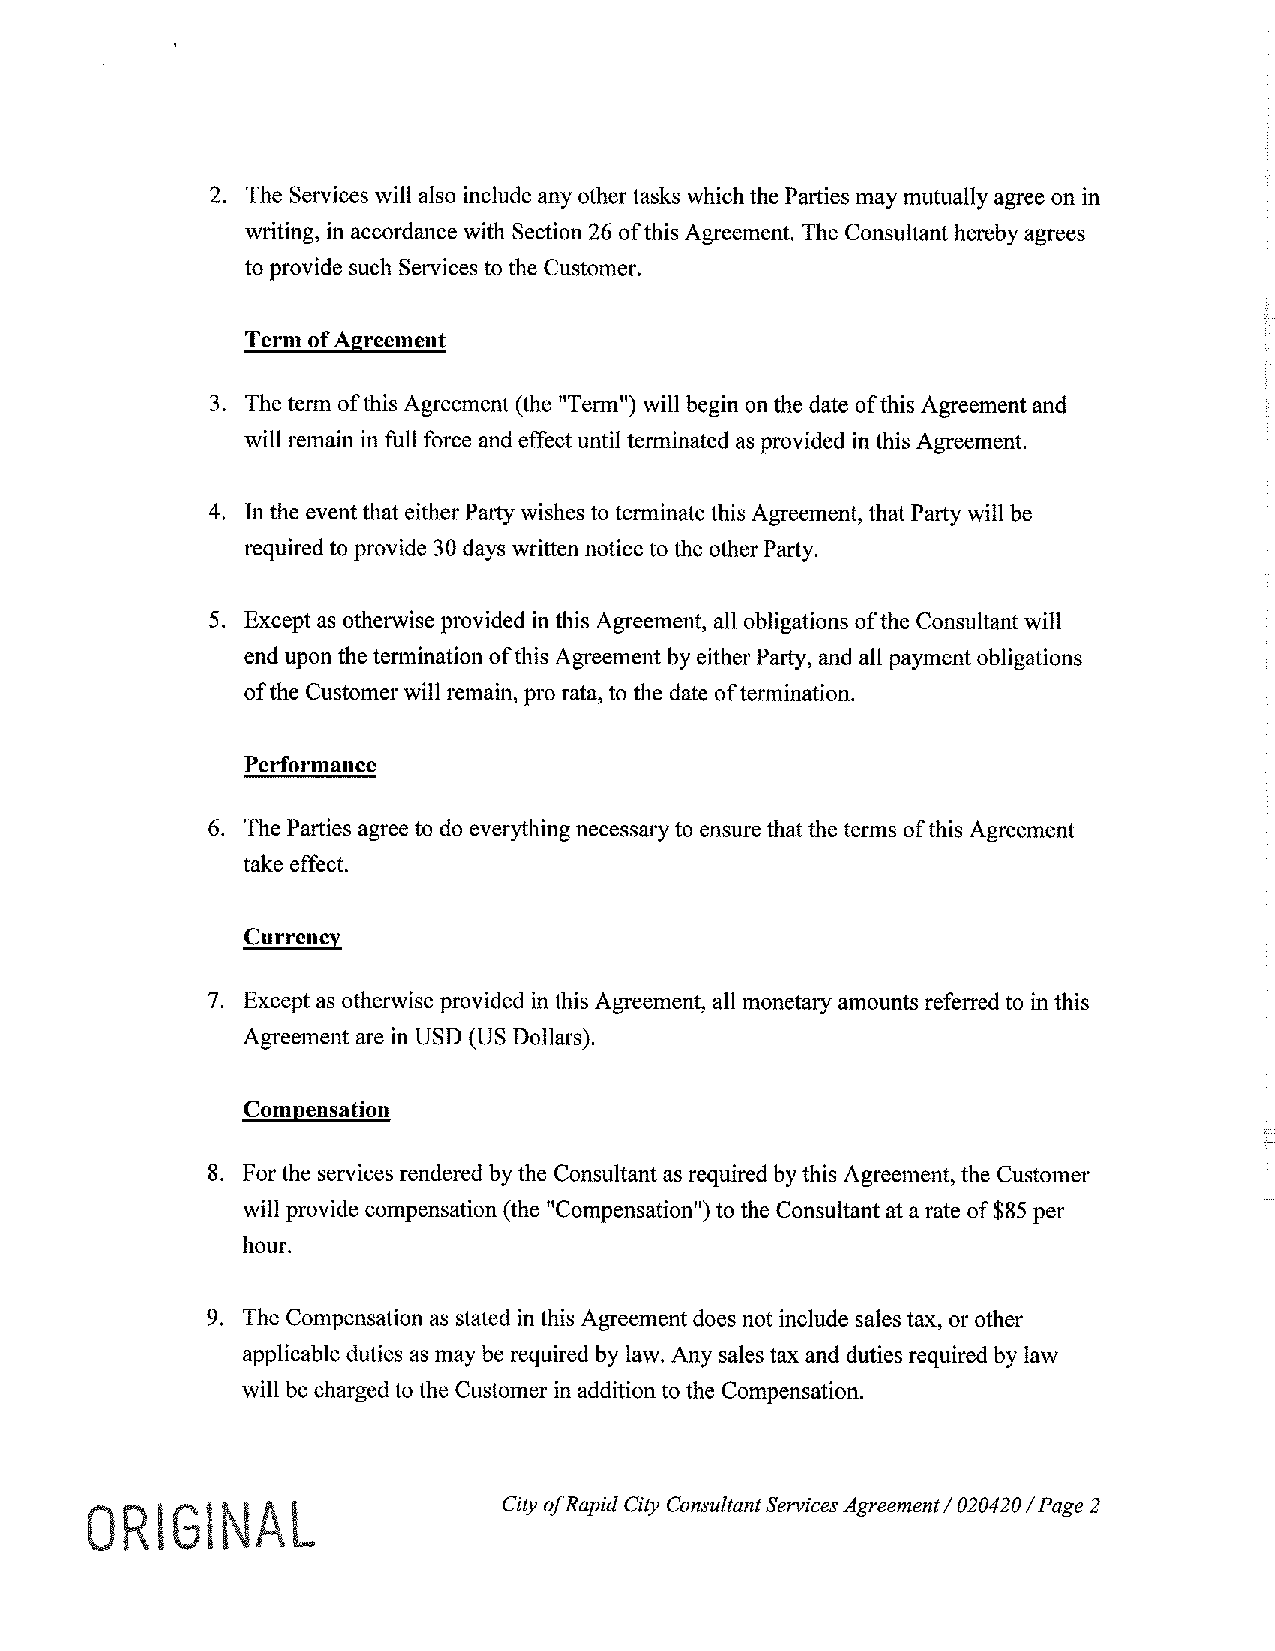
2. The Services will also include any other tasks which the Parties may mutually agree on in
 writing, in accordance with Section 26 of this Agreement. The Consultant hereby agrees
 to provide such Services to the Customer.
 Term of Agreement
 3. The term of this Agreement (the "Term") will begin on the date of this Agreement and
 will remain in full force and effect until terminated as provided in this Agreement.
 4. In the event that either Party wishes to terminate this Agreement, that Party will be
 required to provide 30 days written notice to the other Party.
 5. Except as otherwise provided in this Agreement, all obligations of the Consultant will
 end upon the termination of this Agreement by either Party, and all payment obligations
 of the Customer will remain, pro rata, to the date of termination.
 Performance
 6. The Parties agree to do everything necessary to ensure that the terms of this Agreement
 take effect.
 Currency
 7. Except as otherwise provided in this Agreement, all monetary amounts referred to in this
 Agreement are in USD (US Dollars).
 Compensation
 8. For the services rendered by the Consultant as required by this Agreement, the Customer
 will provide compensation (the "Compensation") to the Consultant at a rate of $85 per
 hour.
 9. The Compensation as stated in this Agreement does not include sales tax, or other
 applicable duties as may be required by law. Any sales tax and duties required by law
 will be charged to the Customer in addition to the Compensation.
 ORIGIN                     City ofR apid City Consultant Services Agreement I 020420 I Page 2